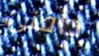
دافنى